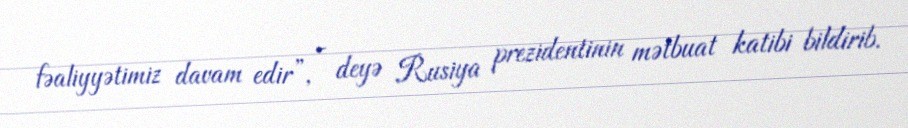
fəaliyyətimiz davam edir”, - deyə Rusiya prezidentinin mətbuat katibi bildirib.